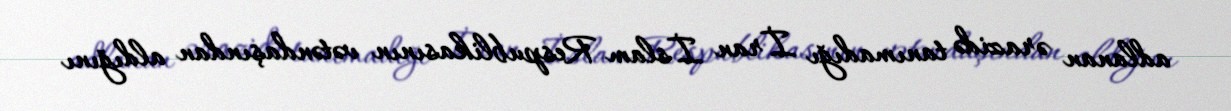
adlanan ərazidə tanımadığı İran İslam Respublikasının vətəndaşından aldığını